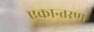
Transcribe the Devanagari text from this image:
एकान्तरण